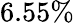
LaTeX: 6.55\%